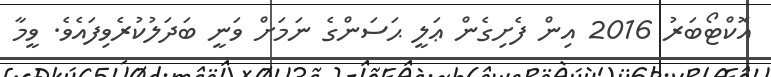
އޮކްޓޯބަރު 2016 އިން ފެށިގެން ޢަލީ ޙަސަންގެ ނަމަށް ވަނީ ބަދަލުކުރެވިފައެވެ. ވީމާ